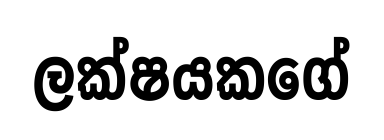
ලක්ෂයකගේ